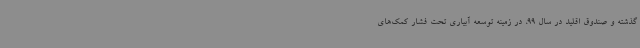
گذشته و صندوق اقلید در سال 99، در زمینه توسعه آبیاری تحت فشار کمک‌های